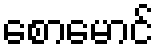
စောမောင်